Report of the Municipal Commissioner on the plague in Bombay for the year ending 31st May... - Volume 3
Disease focus: Plague
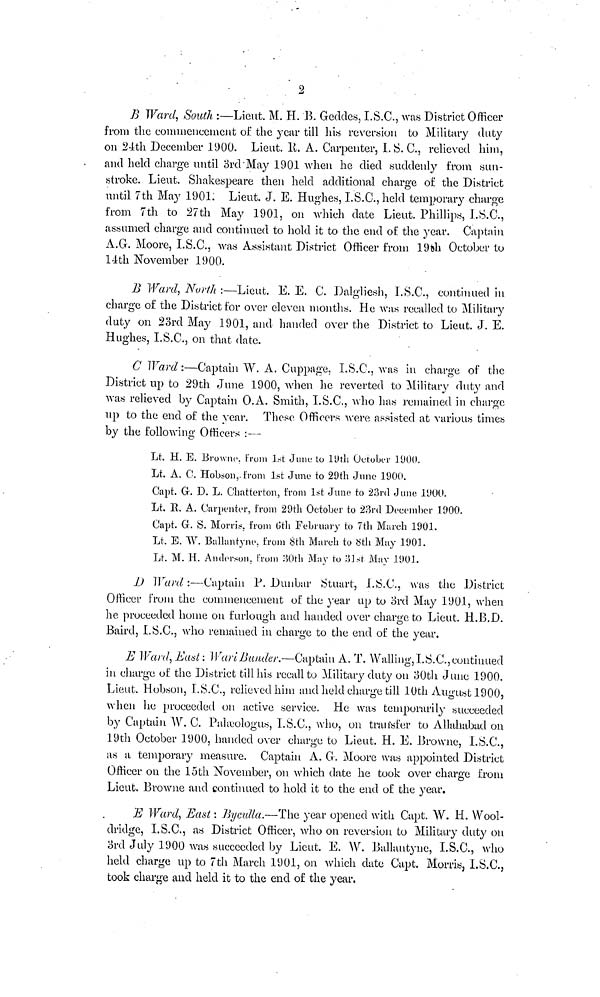
2
B Ward, South :—Lieut. M. H. B. Geddes, I.S.C., was District Officer
from the commencement of the year till his reversion to Military duty
on 24th December 1900. Lieut. R. A. Carpenter, I. S. C, relieved him,
and held charge until 3rd May 1901 when he died suddenly from sun-
stroke. Lieut. Shakespeare then held additional charge of the District
until 7th May 1901. Lieut. J. E. Hughes, I.S.C., held temporary charge
from 7th to 27th May 1901, on which date Lieut. Phillips, I.S.C.,
assumed charge and continued to hold it to the end of the year. Captain
A.G. Moore, I.S.C., was Assistant District Officer from 19th October to
14th November 1900.
B Ward, North :—Lieut. E. E. C. Dalgliesh, I.S.C, continued in
charge of the District for over eleven months. He was recalled to Military
duty on 23rd May 1901, and handed over the District to Lieut. J. E.
Hughes, I.S.C., on that date.
C Ward :—Captain W. A. Cuppage, I.S.C., was in charge of the
District up to 29th June 1900, when he reverted to Military duty and
was relieved by Captain O.A. Smith, I.S.C., who has remained in charge
up to the end of the year. These Officers were assisted at various times
by the following Officers :—
Lt. H. E. Browne, from 1st June to 19th October 1900.
Lt. A. C. Hobson, from 1st June to 29th June 1900.
Capt. G. D. L. Chatterton, from 1st June to 23rd June 1900.
Lt. R. A. Carpenter, from 29th October to 23rd December 1900.
Capt. G. S. Morris, from 6th February to 7th March 1901.
Lt. E. W. Ballantyne, from 8th March to 8th May 1901.
Lt. M. H. Anderson, from 30th May to 31st May 1901.
U Ward :—Captain P. Dunbar Stuart, I.S.C., was the District
Officer from the commencement of the year up to 3rd May 1901, when
he proceeded home on furlough and handed over charge to Lieut. H.B.D.
Baird, I.S.C., who remained in charge to the end of the year.
E Ward, East: Wart Bunder.—Captain A. T. Walling, I.S.C., continued
in charge of the District till his recall to Military duty on 30th June 1900.
Lieut. Hobson, I.S.C., relieved him and held charge till 10th August 1900,
when he proceeded on active service. He was temporarily succeeded
by Captain W. C Palæologus, I.S.C., who, on transfer to Allahabad on
19th October 1900, handed over charge to Lieut. H. E. Browne, I.S.C.,
as a temporary measure. Captain A. G. Moore was appointed District
Officer on the 15th November, on which date he took over charge from
Lieut. Browne and continued to hold it to the end of the year.
E Ward, East : Byculla.—The year opened with Capt. W. H. Wool-
dridge, I.S.C., as District Officer, who on reversion to Military duty on
3rd July 1900 was succeeded by Lieut. E. W. Ballantyne, I.S.C., who
held charge up to 7th March 1901, on which date Capt. Morris, I.S.C.,
took charge and held it to the end of the year.